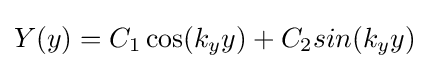
Y(y)=C_{1}\cos(k_{y}y)+C_{2}sin(k_{y}y)